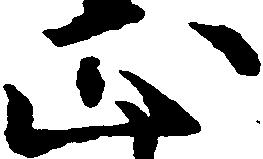
正